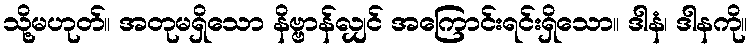
သို့မဟုတ်။ အတုမရှိသော နိဗ္ဗာန်လျှင် အကြောင်းရင်းရှိသော။ ဒါနံ၊ ဒါနကို။